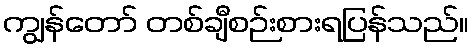
ကျွန်တော် တစ်ချီစဉ်းစားရပြန်သည်။